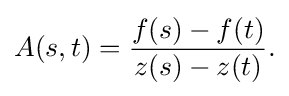
\displaystyle {A(s,t)={f(s)-f(t) \over z(s)-z(t)}.}